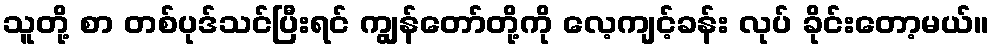
သူတို့ စာ တစ်ပုဒ်သင်ပြီးရင် ကျွန်တော်တို့ကို လေ့ကျင့်ခန်း လုပ် ခိုင်းတော့မယ်။